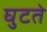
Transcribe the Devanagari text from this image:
घुटते